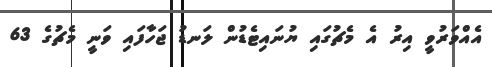
އެއްވަރުވީ އިރު އެ މެޗުގައި ޔުނައިޓެޑުން ލަނޑު ޖަހާފައި ވަނީ މެޗުގެ 63